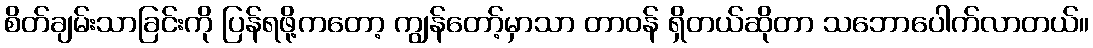
စိတ်ချမ်းသာခြင်းကို ပြန်ရဖို့ကတော့ ကျွန်တော့်မှာသာ တာဝန် ရှိတယ်ဆိုတာ သဘောပေါက်လာတယ်။